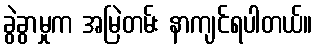
ခွဲခွာမှုက အမြဲတမ်း နာကျင်ရပါတယ်။